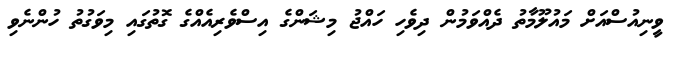
ވީނިއުސްއަށް މައުލޫމާތު ދެއްވަމުން ދިވެހި ހައްޖު މިޝަންގެ އިސްވެރިއެއްގެ ގޮތުގައި މިވަގުތު ހުންނެވި